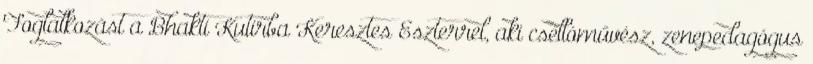
Foglalkozást a Bhakti Kutirba Keresztes Eszterrel, aki csellóművész, zenepedagógus